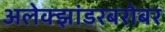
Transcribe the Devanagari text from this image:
अलेक्झांडरबरोबर